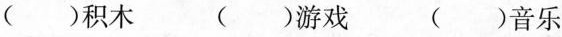
( )积木 ( )游戏 ( )音乐